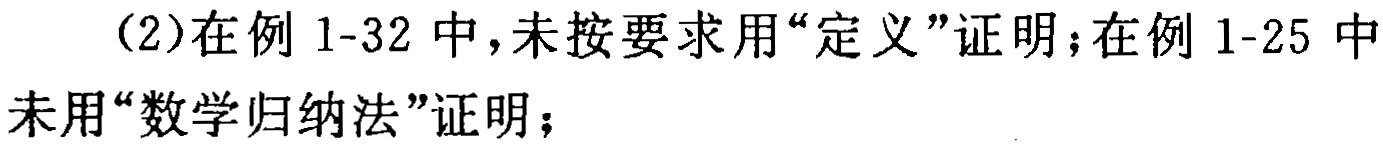
（2）在例 1-32 中，未按要求用“定义”证明；在例 1-25 中未用“数学归纳法”证明；